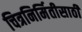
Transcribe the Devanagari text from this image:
चित्रनिर्मितीसाठी